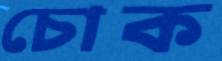
চোক